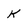
Character: k